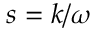
s = k / \omega